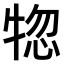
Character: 𤙹